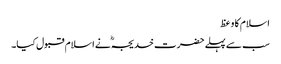
اسلام کا وعظ
سب سے پہلے حضرت خدیجہؓ نے اسلام قبول کیا۔